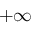
+ \infty